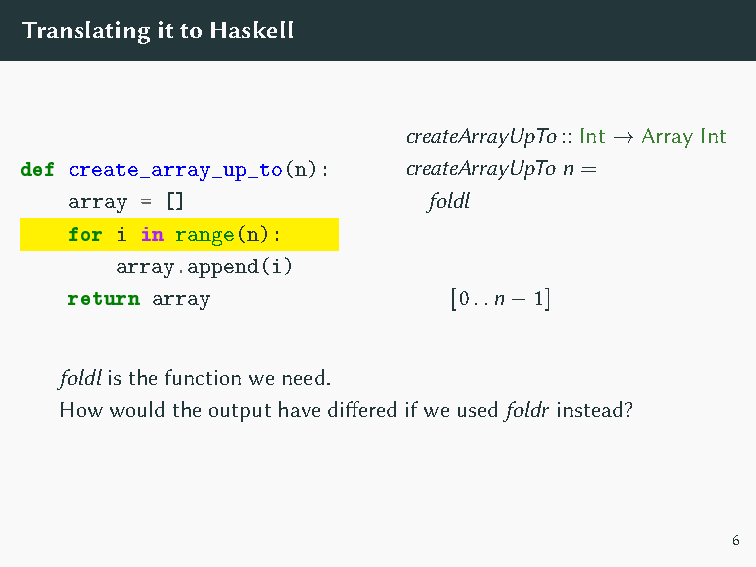
(λarray i → append array i)
 emptyArray
 2
 O(n)                  O(n     )
 TranslatingittoHaskell
 createArrayUpTo::Int → Array Int
 def create_array_up_to(n): createArrayUpTo n =
 array = []              foldl
 for i in range(n):
 array.append(i)
 return array              [0..n−1]
 foldl isthefunctionweneed.
 Howwouldtheoutputhavedifferedifweusedfoldr instead?
 6